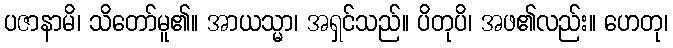
ပဇာနာမိ၊ သိတော်မူ၏။ အာယသ္မာ၊ အရှင်သည်။ ပိတုပိ၊ အဖ၏လည်း။ ဟေတု၊